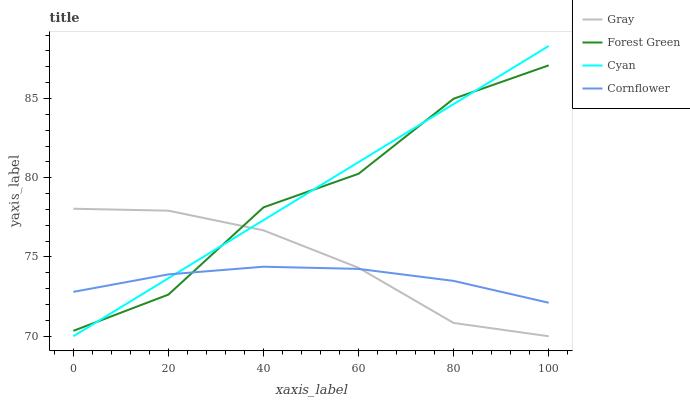
| xaxis_label | Gray | Forest Green | Cyan | Cornflower |
 | --- | --- | --- | --- | --- |
 | 0 | 78 | 70.3 | 70 | 72.8 |
 | 20 | 77.9 | 72.6 | 73.7 | 73.9 |
 | 40 | 76.7 | 78.1 | 77.3 | 74.4 |
 | 60 | 74.3 | 80.2 | 81 | 74.2 |
 | 80 | 70.8 | 85 | 84.6 | 73.5 |
 | 100 | 70 | 87.1 | 88.3 | 72.1 |